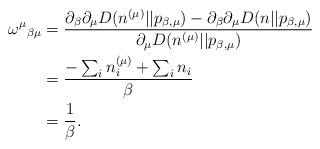
LaTeX: \begin{align*}{\omega^\mu}_{\beta\mu} &= \frac{\partial_\beta\partial_\mu D(n^{(\mu)}||p_{\beta,\mu}) - \partial_\beta\partial_\mu D(n||p_{\beta,\mu})}{\partial_\mu D(n^{(\mu)}||p_{\beta,\mu}) }\\&= \frac{-\sum_i n_i^{(\mu)} + \sum_i n_i}{\beta}\\&= \frac{1}{\beta}.\end{align*}